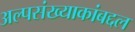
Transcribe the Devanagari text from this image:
अल्पसंख्याकांबद्दल